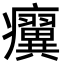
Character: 𤼌